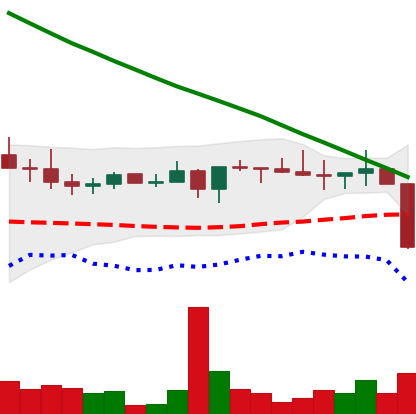
Ticker: XRP-USD
Chart end date: 2022-08-19
Forward return: 3.312%
Label: up_3_5